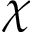
\chi